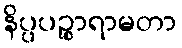
နိပ္ပပဉ္စာရာမတာ